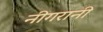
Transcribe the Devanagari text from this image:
नीगरानी